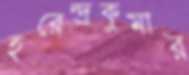
হরেন্দ্রকুমার